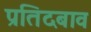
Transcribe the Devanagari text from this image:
प्रतिदबाव